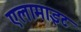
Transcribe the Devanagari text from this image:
एलामाइट